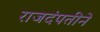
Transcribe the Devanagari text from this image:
राजदंपतीने